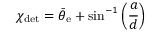
\chi _ { \mathrm { d e t } } = \bar { \theta } _ { \mathrm { e } } + \sin ^ { - 1 } \left( \frac { a } { d } \right)